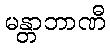
မန္တာဘာဏီ